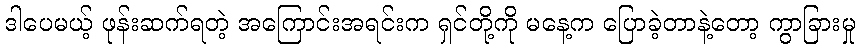
ဒါပေမယ့် ဖုန်းဆက်ရတဲ့ အကြောင်းအရင်းက ရှင်တို့ကို မနေ့က ပြောခဲ့တာနဲ့တော့ ကွာခြားမှု